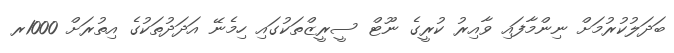
ބަދަލުކުރުމަށް ނިންމާފައި ވާއިރު ކުރީގެ ނޫޓް ސީރީޒްތަކުގައި ހިމެނޭ އަދަދުތަކުގެ އިތުރަށް 1000ރ